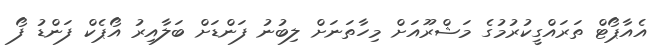
އެއާޕޯޓް ތަރައްގީކުރުމުގެ މަޝްރޫއަށް މިހާތަނަށް ލިބުނު ފަންޑަށް ބަލާއިރު އޯޕެކް ފަންޑު ފޯ